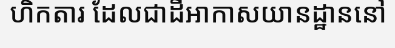
ហិកតារ ដែលជាដីអាកាសយានដ្ឋាននៅ